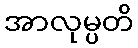
အာလုမ္ပတိ